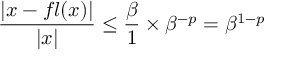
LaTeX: { \frac { | x - f l ( x ) | } { | x | } } \leq { \frac { \beta } { 1 } } \times \beta ^ { - p } = \beta ^ { 1 - p }